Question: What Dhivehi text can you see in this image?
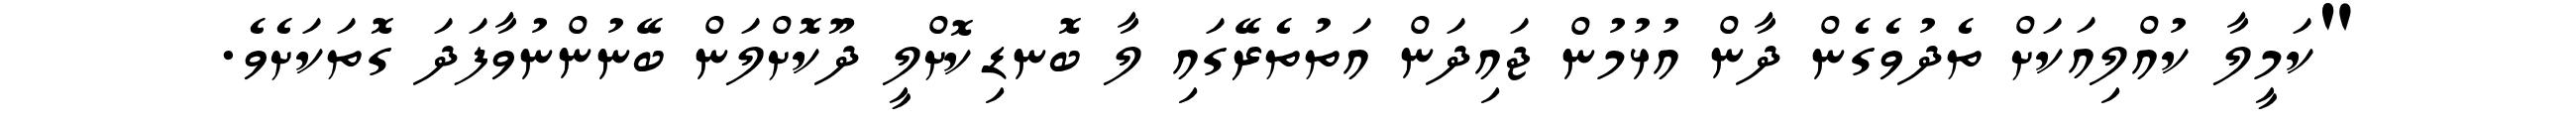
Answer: "ކަމީލާ ކުއްލިއަކަށް ތެދުވެގެން ދާން އުޅުމުން ޖައިދަން އަތުތެރޭގައި ލާ ބޮނޑިކޮށްލީ ދޫކޮށްލަން ބޭނުންނުވާފަދަ ގޮތަކަށެވެ.